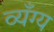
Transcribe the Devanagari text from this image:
व्यँग्य